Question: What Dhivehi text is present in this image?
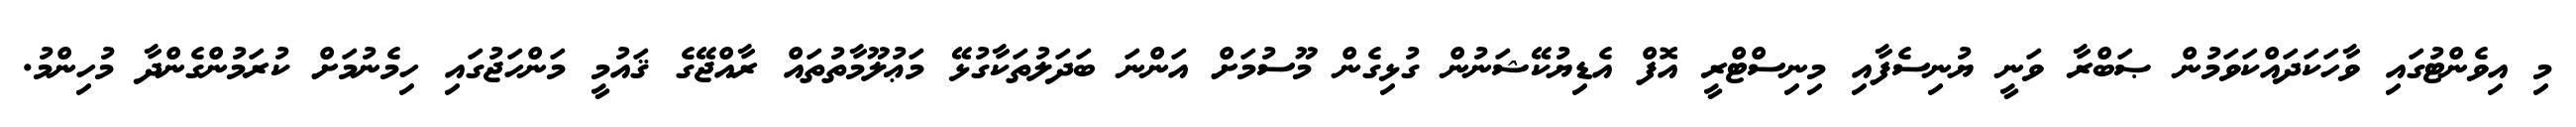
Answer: މި އިވެންޓުގައި ވާހަކަދައްކަވަމުން ޞަބްރާ ވަނީ ޔުނިސެފާއި މިނިސްޓްރީ އޮފް އެޑިޔުކޭޝަނުން ގުޅިގެން މޫސުމަށް އަންނަ ބަދަލުތަކާގުޅޭ މަޢުލޫމާތުތައް ރާއްޖޭގެ ޤައުމީ މަންހަޖުގައި ހިމެނުމަށް ކުރަމުންގެންދާ މުހިންމު.